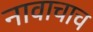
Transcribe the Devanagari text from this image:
नावाचाच